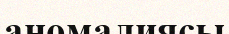
аномалиясы